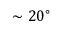
\sim 2 0 ^ { \circ }